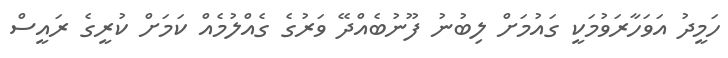
ހަމީދު އަވަހާރަވުމަކީ ގައުމަށް ލިބުނު ފޫނުބެއްދޭ ވަރުގެ ގެއްލުމެއް ކަމަށް ކުރީގެ ރައީސް